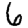
Digit: 6